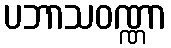
ပဘာသဝဏ္ဏာ